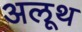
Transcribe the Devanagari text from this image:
अलूथ